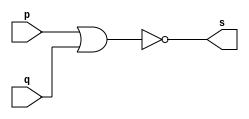
// -------------------------
// Exemplo0007 - NOR
// Nome: Lucas Porto Lopes
// Matricula 451408
// -------------------------
// -------------------------
// -- nor gate
// -------------------------
module norgate (output s, input p,q);
assign s = (~(p | q));
endmodule // norgate
// ------------------------
// -- teste nor gate
// ------------------------
module testenorgate;
// ------------------------ dados locais
reg a, b; // definir registradores
wire s; // definir conexao (fio)
// ------------------------ instancia
norgate NOR1 (s, a, b);
// ------------------------ preparacao
initial begin:start
// atribuicao simultanea dos valores iniciais
a=0; b=0;
end
// ------------------------ parte principal
initial begin
$display("Exemplo0007 - Lucas Porto Lopes - 451408");
$display("Test NOR gate");
$display("\na ~| b = s\n");
a=0; b=0;
#1 $display("%b ~| %b = %b", a, b, s);
a=0; b=1;
#1 $display("%b ~| %b = %b", a, b, s);
a=1; b=0;
#1 $display("%b ~| %b = %b", a, b, s);
a=1; b=1;
#1 $display("%b ~| %b = %b", a, b, s);
end
endmodule // testenorgate